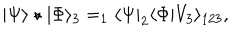
| \Psi \rangle \star | \Phi \rangle _ { 3 } = _ { 1 } \langle \Psi | _ { 2 } \langle \Phi | V _ { 3 } \rangle _ { 1 2 3 } ,